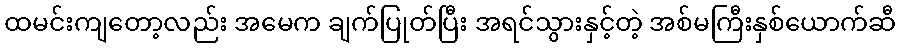
ထမင်းကျတော့လည်း အမေက ချက်ပြုတ်ပြီး အရင်သွားနှင့်တဲ့ အစ်မကြီးနှစ်ယောက်ဆီ